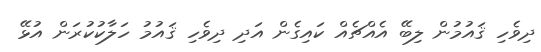
ދިވެހި ޤައުމުން ލިބޭ އެއްޗެއް ކައިގެން އަދި ދިވެހި ޤައުމު ހަލާކުކުރަން އުޅޭ